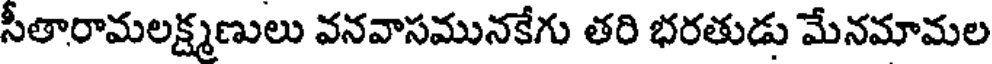
సీతారామలక్ష్మణులు వనవాసమునకేగు తరి భరతుడు మేనమామల